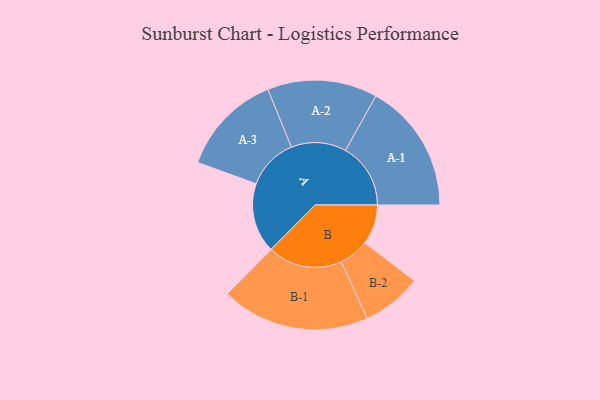
{"axis": {"x": "Segment", "y": "Value"}, "legend": ["", "A", "B"], "data": [{"x": "A", "y": 282, "type": ""}, {"x": "B", "y": 161, "type": ""}, {"x": "A-1", "y": 263, "type": "A"}, {"x": "A-2", "y": 222, "type": "A"}, {"x": "A-3", "y": 207, "type": "A"}, {"x": "B-1", "y": 300, "type": "B"}, {"x": "B-2", "y": 121, "type": "B"}]}